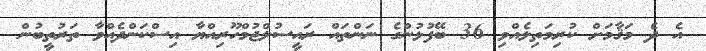
އެ ދެ މަޤާމަށް ކުރިމަތިލެއްވި 36 ބޭފުޅުންގެ ނަންތައް ރައީސުލްޖުމްހޫރިއްޔާ އިސްކަންދެއްވާ ތަރުތީބުން